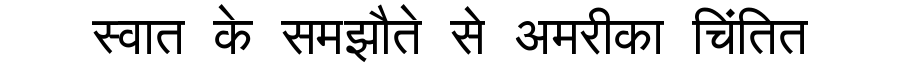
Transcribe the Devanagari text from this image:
स्वात के समझौते से अमरीका चिंतित